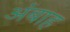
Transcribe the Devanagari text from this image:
अंबाह